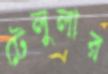
টেলুলার